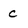
Character: c